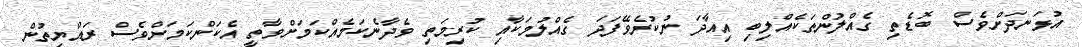
އުޅަނދަށްވެސް ބޮޑެތި ގެއްލުންތަކެއްލިބި އިއާދަ ނުކުރެވޭފަދަ ގެއްލުމަކާއި ކުރިމަތި ވެދާނެކަމެއްކަމަށްވާތީ އެކަންކަމަށްވެސް ރައްޔިތުން